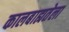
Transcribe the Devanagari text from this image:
कालबाह्यतेला